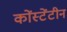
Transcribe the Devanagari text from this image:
कोंस्टेंटीन